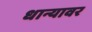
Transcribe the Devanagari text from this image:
धान्यावर